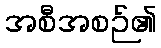
အစီအစဉ်၏